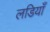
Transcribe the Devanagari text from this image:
लडियाँ